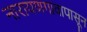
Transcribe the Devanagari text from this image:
नारायणगावापासून